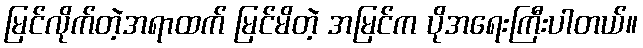
မြင်လိုက်တဲ့အရာထက် မြင်မိတဲ့ အမြင်က ပိုအရေးကြီးပါတယ်။